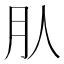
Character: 𣍞